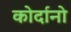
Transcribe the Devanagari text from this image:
कोर्दानो